Rapla_vallavalitsus, lk 27
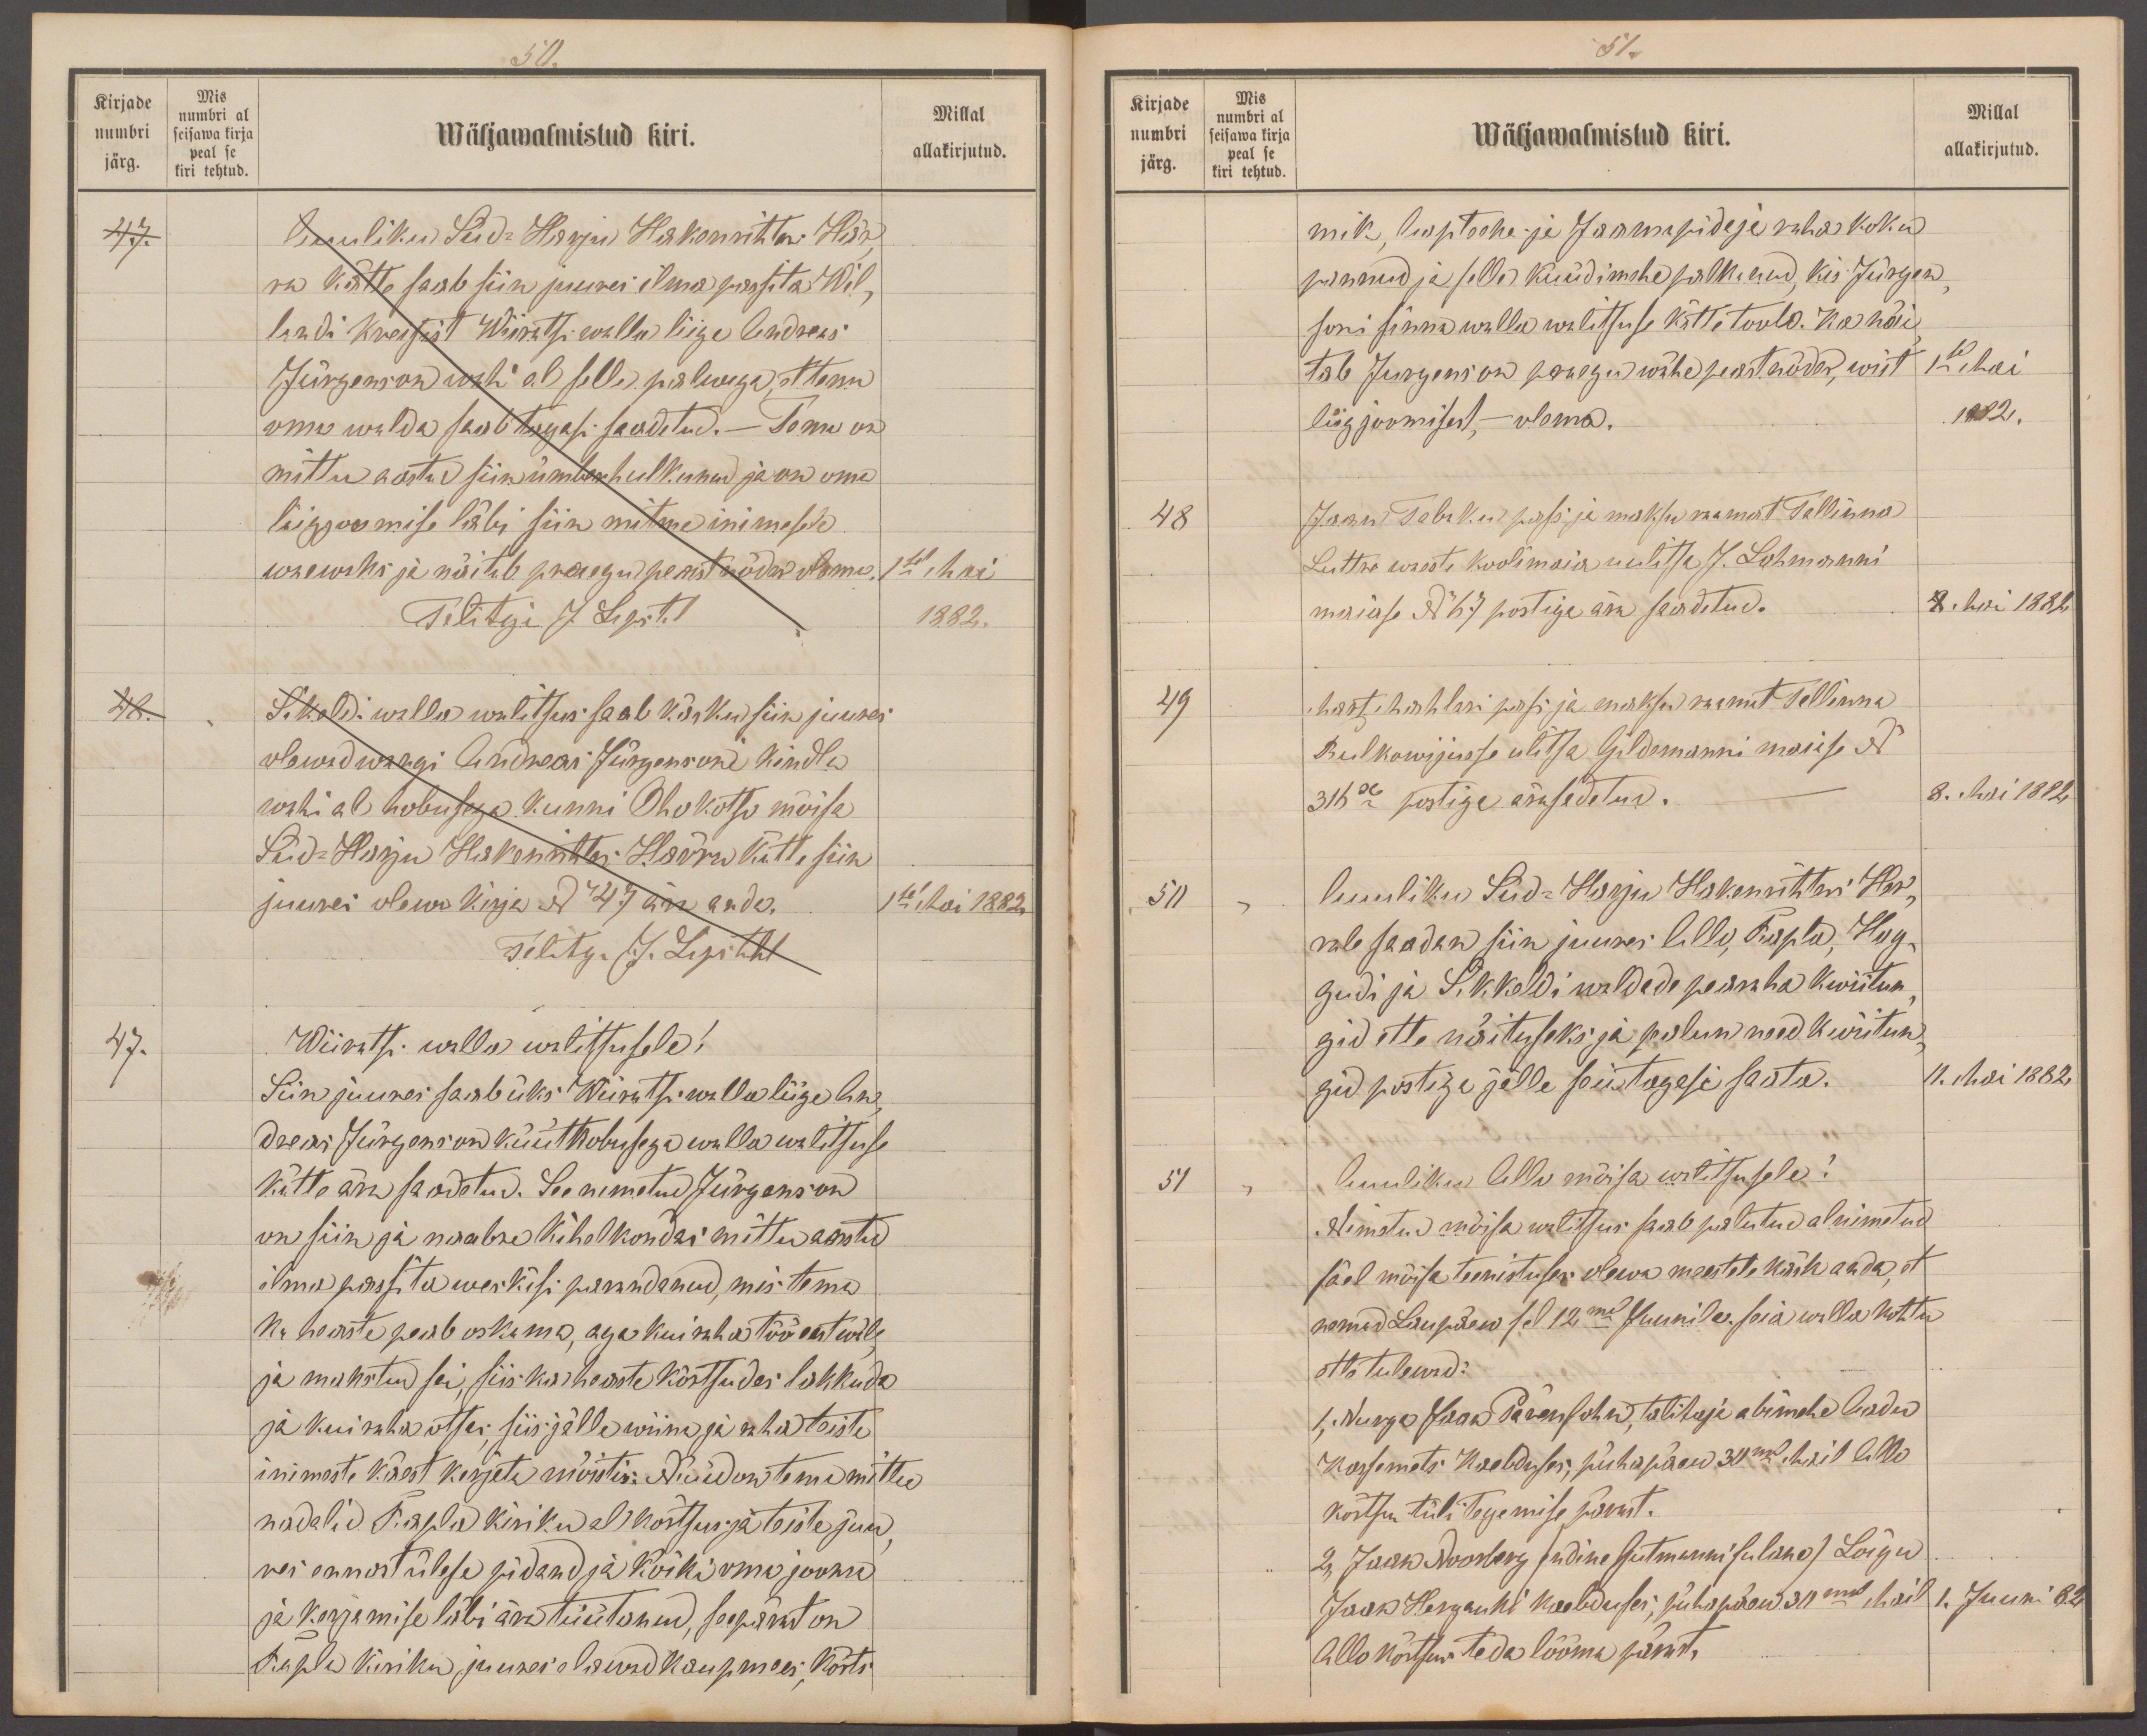
50.
Kirjade
Mis
numbri
numbri al
Wäljawalmistud kiri.
Millal
seisawa kirja
peal se
järg.
kiri tehtud
allakirjutud.
47.
Auuliku Süd-Harju Hakenrihteri Här-
ra kätte saab siin juures ilma passita Wil-
landi kreisist Wiiratsi walla liige Andreas
Jürgenson wahi al selle palwega, et tema
oma walda saab tagasi saadetud. - Tema on
mittu aastad siin ümberhulkunud ja on oma
liigjoomise läbi siin mitme inimesele
waewaks ja näitab praegu peast nõder olema.
1sel Mai
Talitaja J. Lipstahl
1882.
48.
Sikaldi walla walitsus saab käsku siin juures
olewad wangi Andreas Jürgenson kindla
wahi al hobusega kunni Ohukotsu mõisa
Süd-Harju Hakenrihteri Härra kätte siin
juures olewa kirja No 47 ära anda.
1sel Mai 1882
Talitaja J. Lipstahl
47.
Wiiratsi walla walitsusele!
Siin juures saab üks Wiiratsi walla liige An
dreas Jürgenson küüthobusega walla walitsuse
Kätte ära saadetud. See nimetud Jürgenson
on siin ja naabre kihelkondas mittu aastad
ilma passita weskisi panndanud, mis tema
ka heaste peab oskama, aga kui raha töö eest wile
ja makstud sai, siis ka heaste kõrtsudes lakkuda
ja kui raha otsas, siis jälle wiina ja raha teiste
inimeste käest kerjata mõistis: Nüüd on tema mittu
nadalid Rapla kiriku al kõrtsus ja teiste juu
res ennast ülese pidand ja kõiki oma jooma
ja kerjamise läbi ära tüütanud, seepärast on
Rapla Kiriku juures elawad kaupmees, kõrts

51.
Kirjade
Mis
numbri
numbri al
Millal
seisawa kirja
Wäljawalmistud kiri.
peal se
järg.
kiri tehtud.
allakirjutud.
mik, Aapteeker ja Jaamapidaja raha koku
pannud ja selle küüdimehe palkanud, kis Jürgen
soni sinna walla walitsuse kätte toob. Ka näi
tab Jürgenson praegu wähe peast nõder, wist
1sel Mai
liigjoomisest, - olema.
1882.
48
Jaan Tabaku passi ja maksu raamat Tallinna
Luttre waeste koolimaja uulitsa J. Lohmanni
maiase No 67 postiga ära saadetud.
8. Mai 1882.
49
Mart Mahleri passi ja maksu raamat Tallinna
Rulkowijusse ulitsa Gildemanni maiase No
316se postiga ärasadetud.
8. Mai 1882
50
Auuliku Süd-Harju Hakenrihteri Her-
rale saadan siin juures Allo, Rapla, Hag-
gudi ja Sikkaldi waldade pearaha kwiitun
gid ette näituseks ja palun need kwiitun-
gid postiga jälle seie tagasi saata.
11. Mai 1882.
51
Aauliku Allo mõisa walitsusele!
Nimetud mõisa walitsus saab palutud alnimetud
säel mõisa teenistuses olewa meestele kõik anda, et
nemad Laupäew sel 12mal Juunil seia walla kohtu
ette tulewad:
1, Nurga Jaak Pärensohn, talitaja abimehe Aadu
Kassemets kaebduses, pühapäew 30mal Mail Allo
kõrtsus tüli tegemise pärast.
2, Jaak Noorberg (endine Gutmanni sulane) Loigu
Jaak Hergauki kaebduses, pühapäew 30mal Mail
1. Juuni 82
Allo kõrtsus teda lööma pärast.